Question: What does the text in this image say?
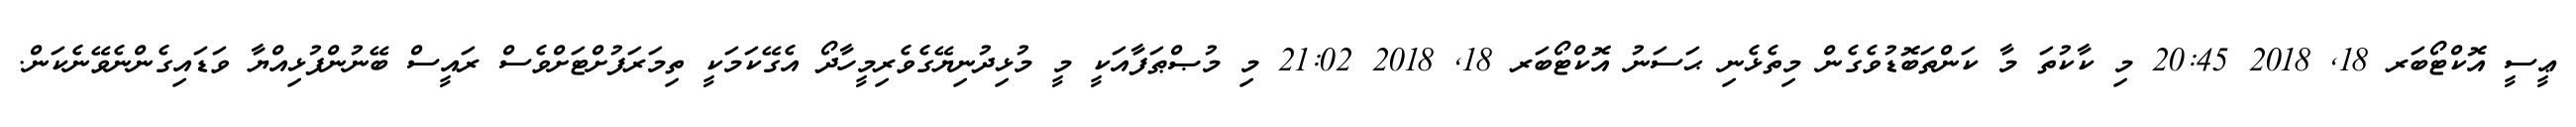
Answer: ޢީސީ އޮކްޓޯބަރ 18, 2018 20:45 މި ކާކުތަ މާ ކަންތަބޮޑުވެގެން މިތެޅެނި ޙަސަނު އޮކްޓޯބަރ 18, 2018 21:02 މި މުޞްޠަފާއަކީ މީ މުޅިދުނިޔޭގެވެރިމީހާދޯ އެގޭކަމަކީ ތިމަރަފުށްޓަށްވެސް ރައީސް ބޭނުންފުޅިއްޔާ ވަޑައިގެންނެވޭނެކަން.